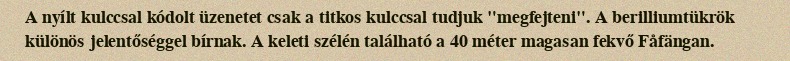
A nyílt kulccsal kódolt üzenetet csak a titkos kulccsal tudjuk "megfejteni". A berilliumtükrök különös jelentőséggel bírnak. A keleti szélén található a 40 méter magasan fekvő Fåfängan.